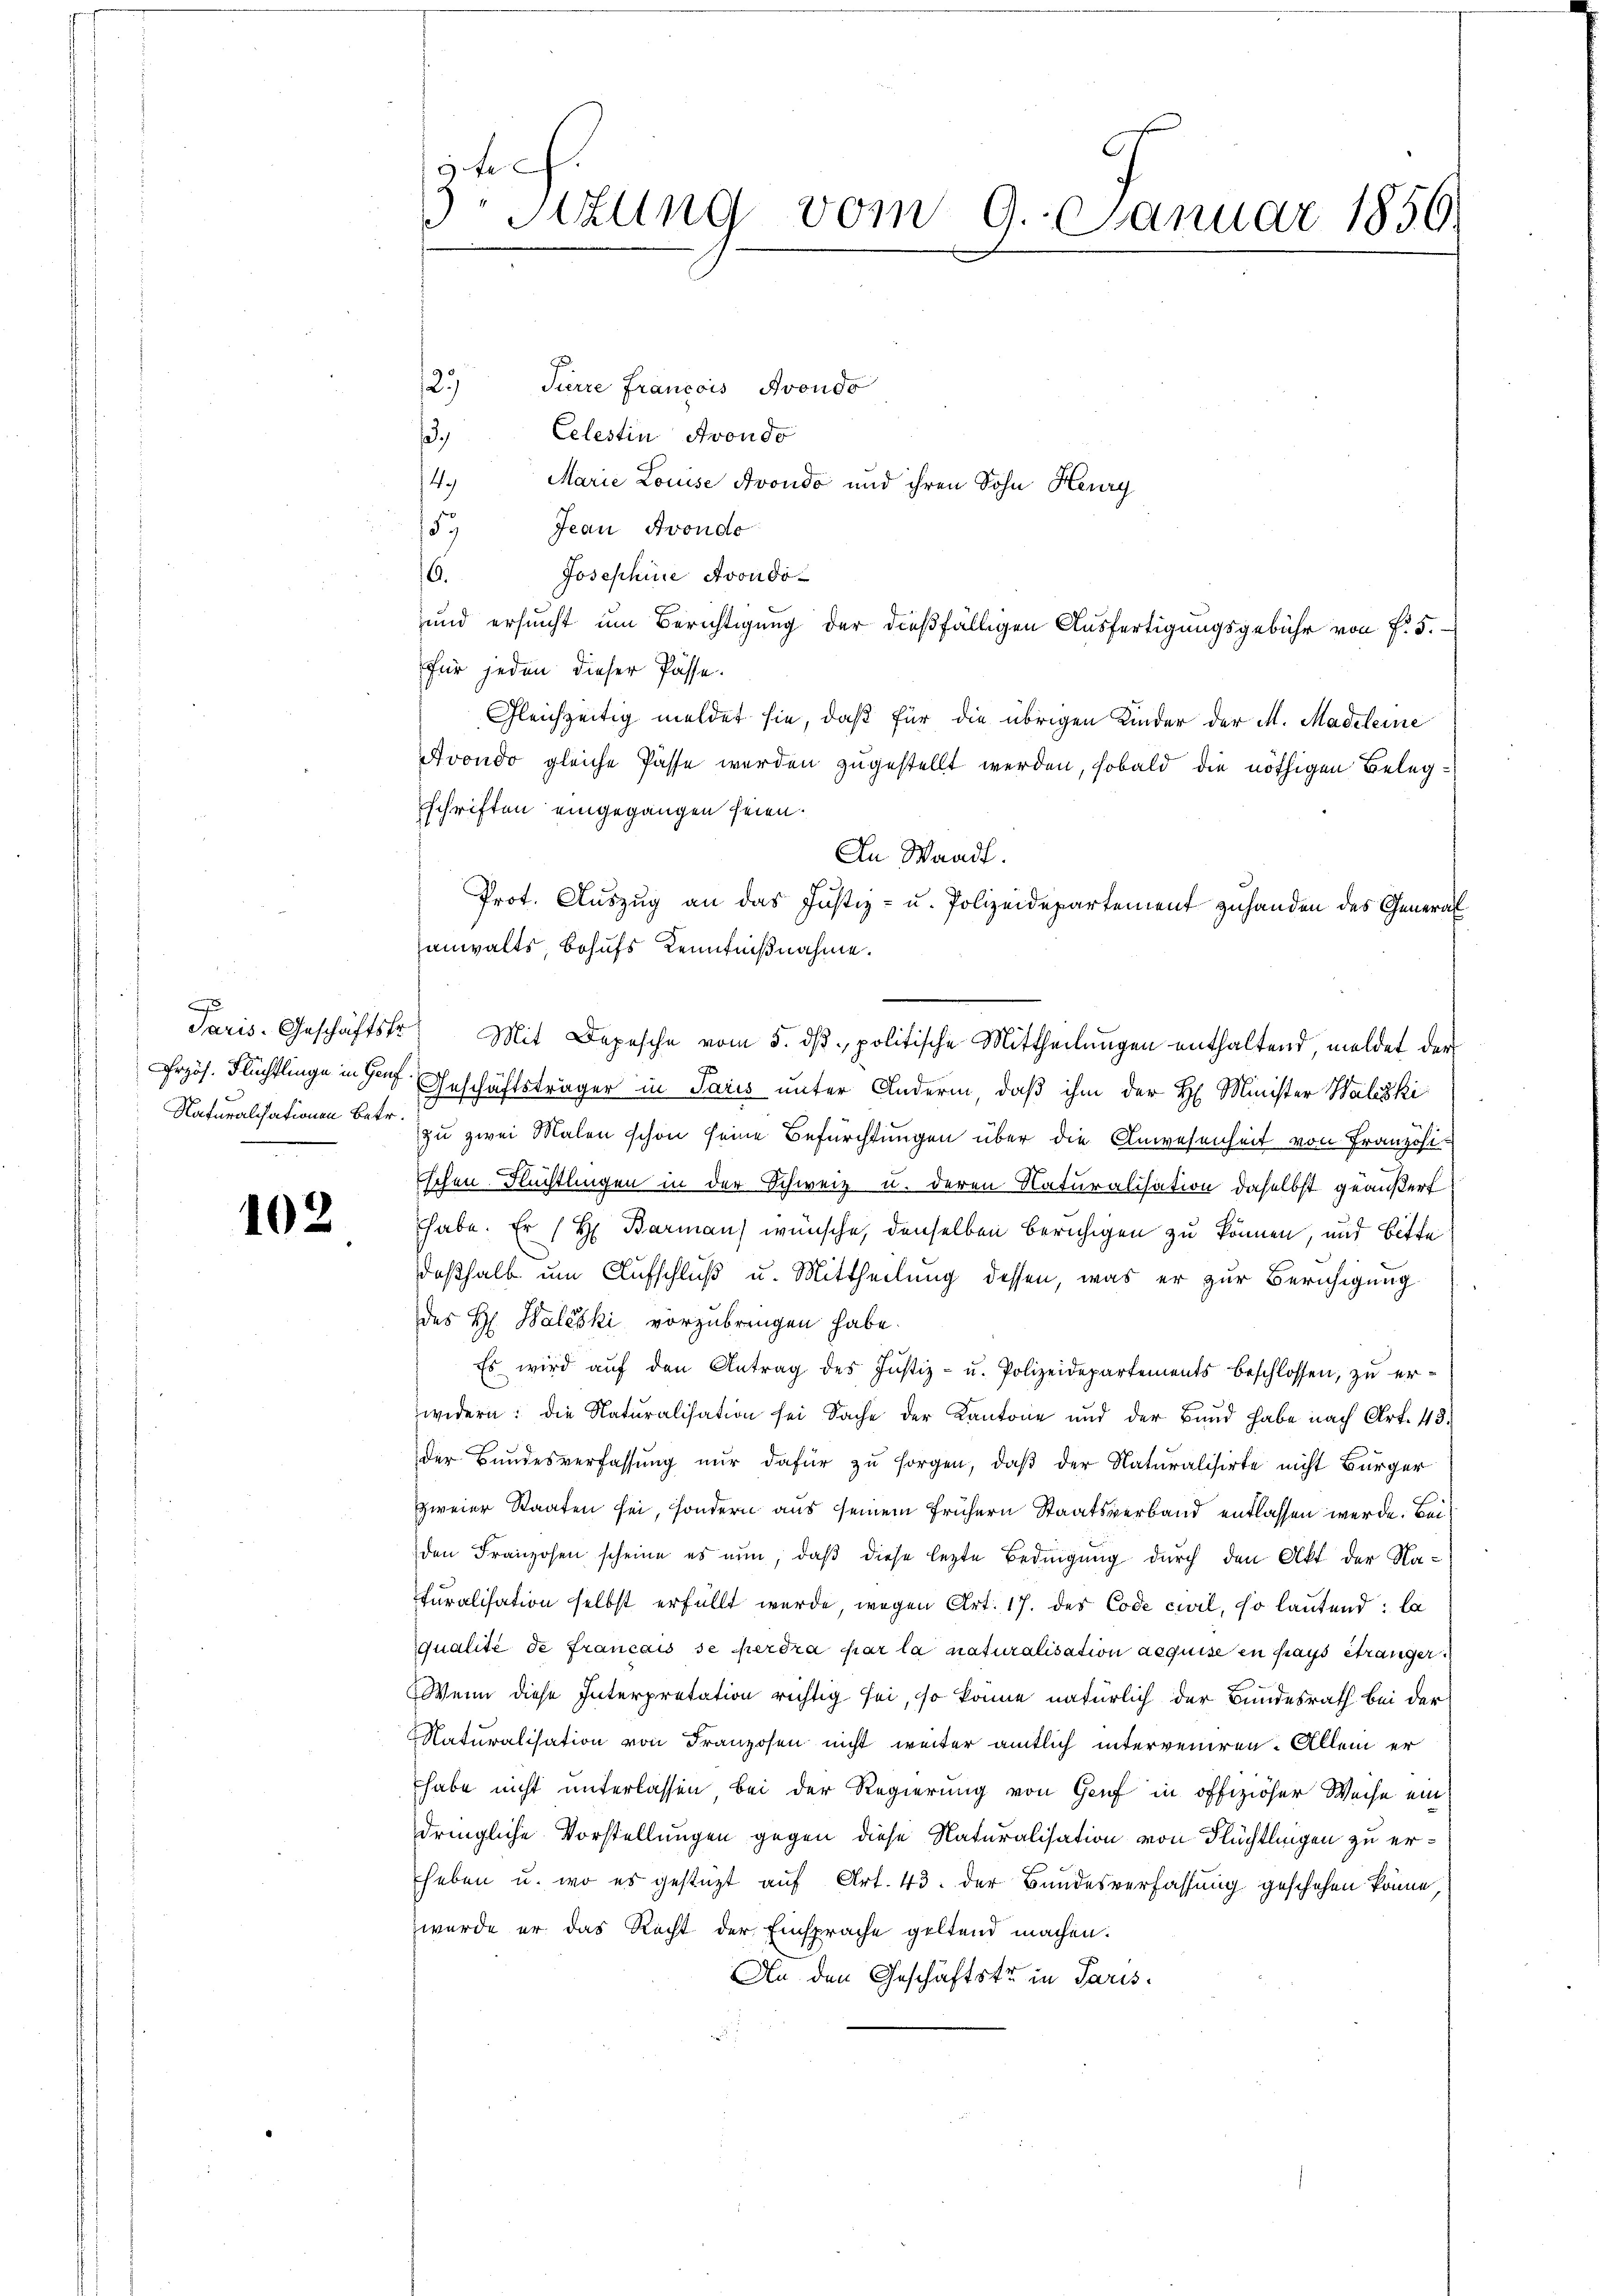
102

te
 Sizung vom 9. Januar 1859.

129
Türre Francois Avondo
Celestin Avondo
,
4. Marie Louise Avondo und ihren Sohn Heury
Jean Avondo
5
Josephine Avondo¬
16.
und ersucht um Berichtigung der dießfälligen Ausfertigungsgebühr von f. 5.
für jeden dieser Pässe.
Gleichzeitig meldet sie, daß für die übrigen Kinder der M. Madeleine
Avondo gleiche Pässe werden zugestellt werden, sobald die nöthigen Belegschriften eingegangen seien.
An Waadt.
Prot. Auszug an das Justiz- u. Polizeidepartement zuhanden des General
anwalts, behufs Kenntnißnahme.
rzös. Flüchtlinge in Graf Geschäftsträger in Paris unter Andern, daß ihm der H. Minister Walski
Naturalisationen betr. zu zwei Malen schon seine Befürchtungen über die Anwesenheit von Französischen Flüchtlingen in der Schweiz u. deren Naturalisation daselbst geäußert
habe. Er / H. Barman) wünsche, denselben beruhigen zu können, und Bitte
deßhalb um Aufschluß u. Mittheilung dessen, was er zur Beruhigung
des H. Baleski vorzubringen habe.
Es wird aŭf den Antrag des Justiz- u. Polizeidepartements beschlossen, zŭ er-
xx
widern: die Naturalisation sei Sache der Kantone und der Bund habe nach Art. 43.
der Bundesverfassung nur dafür zu sorgen, daß der Naturalisirte nicht Bürger
zweier Staaten sei, sondern aus seinem frühern Staatsverband entlassen werde. Beiden Franzosen scheine es nun, daß diese lezte Bedingung durch den Akt der Na-
turalisation selbst erfüllt wurde, wegen Art. 17. des Code civil, so lautend: la
qualité de français se perdra par la naturalisation aequise en pays étranger.
Wenn diese Interpretation richtig sei, so könne natürlich der Bundesrath bei der
Naturalisation von Franzosen nicht weiter amtlich interveniren. Allein er
habe nicht unterlassen bei der Regierung von Genf in offiziöser Weise ein
dringliche Vorstellungen gegen diese Naturalisation von Flüchtlingen zu erheben u. wo es gestützt auf Art. 43. der Bundesverfassung geschehen könne,
wurde er das Recht der Einsprache geltend machen.
An den Geschäftstr in Paris.

Paris. Geschäftstr. Mit Depesche vom 5. dβ. politische Mittheilŭngen enthaltend, meldet der